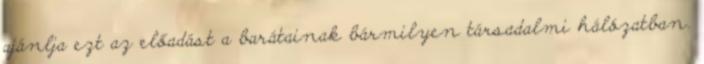
ajánlja ezt az előadást a barátainak bármilyen társadalmi hálózatban.